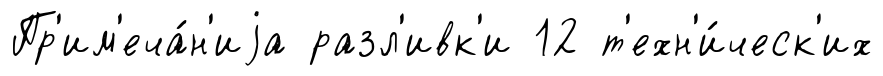
Пр'им'еча́н'иjа разл'ивк'и 12 т'ехн'и́ческ'их